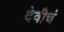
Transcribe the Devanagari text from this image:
देवीचं